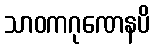
သာဝကဂုဏေနပိ